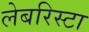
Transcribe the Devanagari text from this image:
लेबरिस्टा